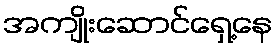
အကျိုးဆောင်ရှေ့နေ